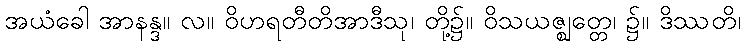
အယံခေါ အာနန္ဒ။ လ။ ဝိဟရတီတိအာဒီသု၊ တို့၌။ ဝိသယဇ္ဈတ္တေ၊ ၌။ ဒိဿတိ၊